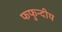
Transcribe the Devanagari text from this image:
फफुन्दीय